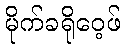
မိုက်ခရိုဝေ့ဖ်